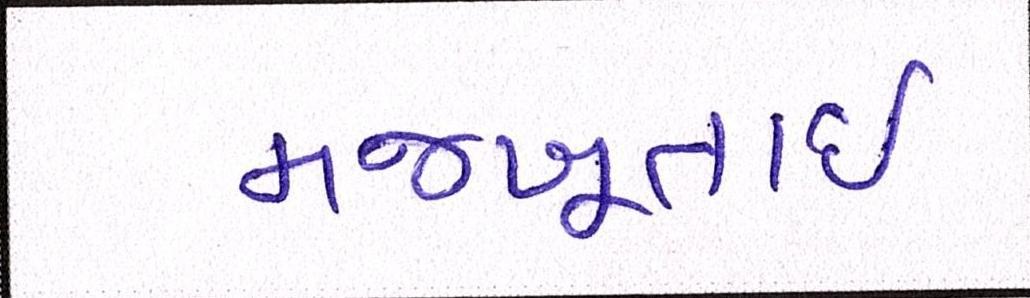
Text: મજબૂતાઈ